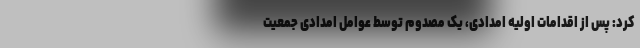
کرد: پس از اقدامات اولیه امدادی، یک مصدوم توسط عوامل امدادی جمعیت